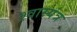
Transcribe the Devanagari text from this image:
श्वास्यंत्र